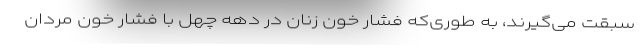
سبقت می‌گیرند، به طوری‌که فشار خون زنان در دهه چهل با فشار خون مردان